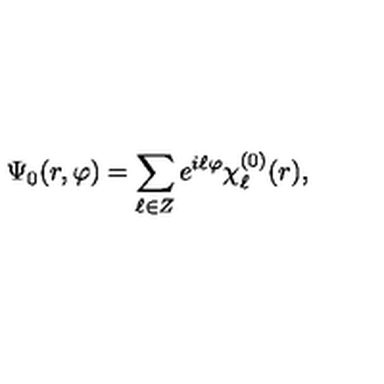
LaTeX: \Psi _ { 0 } ( r , \varphi ) = \sum _ { \ell \in Z } e ^ { i \ell \varphi } \chi _ { \ell } ^ { ( 0 ) } ( r ) ,